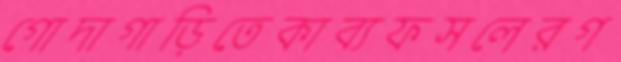
গোদাগাড়িতেকাব্যফসলেরগ